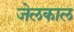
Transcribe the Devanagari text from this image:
जेलकाल